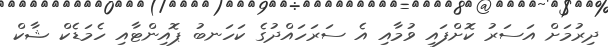
ދިރުމަށް އަސަރު ކޮށްފައި ވުމާއި އެ ސަރަހައްދުގެ ކަހަނބު ޕޮއިންޓާއި ހެމަޑެކް ޝާކް